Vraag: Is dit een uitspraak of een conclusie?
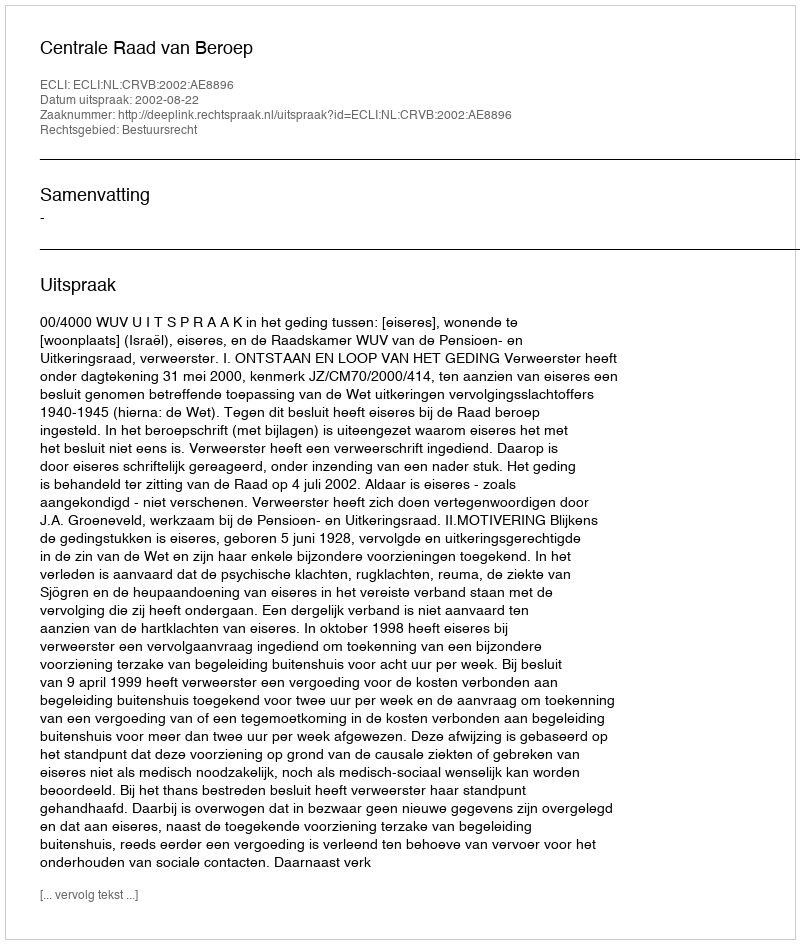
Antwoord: Uitspraak